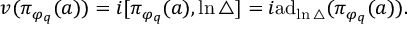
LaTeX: v ( \pi _ { \varphi _ { q } } ( a ) ) = i [ \pi _ { \varphi _ { q } } ( a ) , \ln \bigtriangleup ] = i \mathrm { a } \mathrm { d } _ { \ln \bigtriangleup } ( \pi _ { \varphi _ { q } } ( a ) ) .